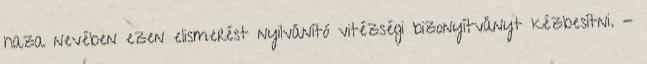
haza nevében ezen elismerést nyilvánító vitézségi bizonyítványt kézbesítni. -